Annual report on the lock hospitals of the Madras Presidency
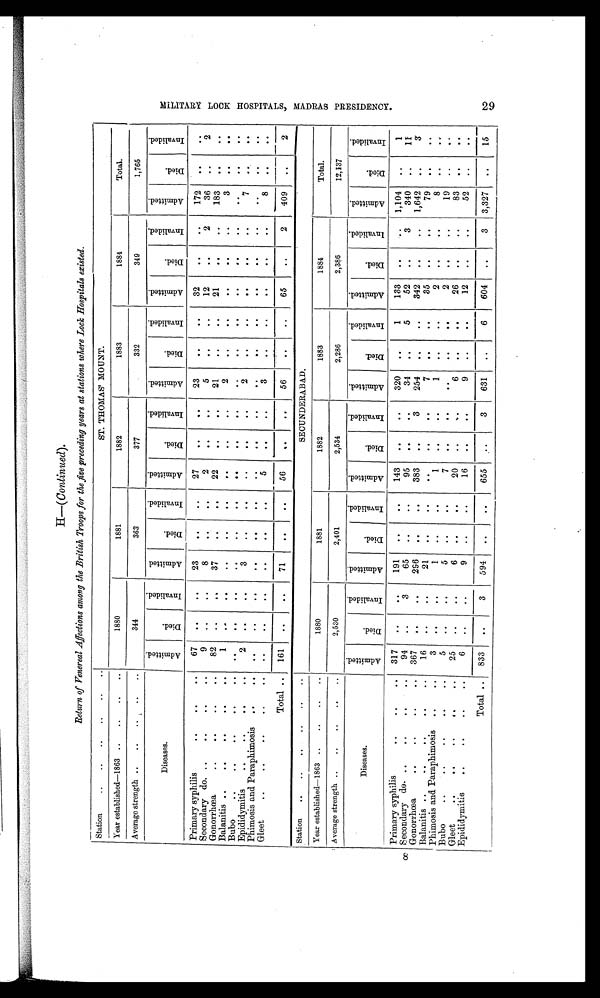
H—(Continued).
Return of Venereal Affections among the British Troops for the five preceding years at stations where Lock Hospitals existed.
Station
..
.. ..
..
..
. .
ST. THOMAS' MOUNT.
Year established—1863 ..
..
..
..
1880
1881
1882
1883
1884
Total.
Average strength ..
..
..
..
..
344
363
377
332
349
1,765
Diseases.
A d m i t t e d .
D i e d .
I n v a l i d e d .
A d m i t t e d .
D i e d .
I n v a l i d e d .
A d m i t t e d .
D i e d .
I n v a l i d e d .
A d m i t t e d .
D i e d .
I n v a l i d e d .
A d m i t t e d .
D i e d .
I n v a l i d e d .
A d m i t t e d .
D i e d .
I n v a l i d e d .
Primary syphilis
..
..
..
67
. .
. .
23
. .
. .
27
. .
. .
23
. .
. .
32
. .
. .
172
. .
. .
Secondary do. ..
..
..
. .
9
..
. .
8
. .
. .
2
. .
. .
5
. .
. .
12
. .
2
36
..
2
Gonorrhœa
..
..
..
..
82
. .
. .
37
..
. .
22
. .
. .
21
. .
..
21
. .
. .
183
. .
. .
Balanitis ..
..
..
..
..
1
. .
. .
. .
. .
. .
. .
. .
. .
2
. .
. .
. .
. .
. .
3
. .
. .
Bubo
..
..
..
..
..
. .
. .
. .
. .
. .
. .
. .
. .
. .
. .
. .
. .
. .
. .
. .
. .
. .
. .
Epididymitis
..
..
..
..
2
. .
. .
3
. .
. .
..
. .
. .
2
. .
..
. .
. .
. .
7
. .
. .
Phimosis and Paraphimosis
..
..
. .
. .
. .
. .
. .
. .
. .
. .
. .
. .
. .
. .
. .
. .
. .
. .
. .
. .
Gleet ..
..
..
..
..
. .
. .
. .
. .
. .
. .
5
. .
..
3
. .
. .
. .
. .
. .
8
. .
. .
Total ..
161
. .
. .
71
. .
. .
56
. .
. .
56
. .
. .
65
. .
2
409
. .
2
Station
..
..
..
..
..
..
SECUNDERABAD.
Year established—1863 ..
..
..
. .
1880
1881
1882
1883
1884
Total.
Average strength ..
..
..
. .
. .
2,530
2,401
2,534
2,286
2,386
12,137
Diseases.
A d m i t t e d .
D i e d .
I n v a l i d e d .
A d m i t t e d .
D i e d .
I n v a l i d e d .
A d m i t t e d .
D i e d .
I n v a l i d e d .
A d m i t t e d .
D i e d .
I n v a l i d e d .
A d m i t t e d .
D i e d .
I n v a l i d e d .
A d m i t t e d .
D i e d .
I n v a l i d e d .
Primary syphilis
.. ..
..
..
317
. .
. .
. .
. .
. .
143
. .
. .
320
. .
1
133
. .
. .
1,104
. .
1
Secondary do.. .. ..
..
..
94
. .
3
65
..
. .
95
. .
..
34
. .
5
52
. .
3
340
. .
11
Gonorrhœa
..
..
.. ..
367
. .
..
296
. .
. .
383
. .
3
254
. .
. .
342
. .
. .
1,642
. .
3
Balanitis ..
..
..
16
. .
. .
21
. .
. .
..
. .
. .
7
..
. .
35
. .
. .
79
. .
. .
Phimosis and Paraphimosis
..
..
3
. .
. .
1
. .
. .
1
. .
. .
1
. .
. .
2
. .
. .
8
. .
. .
Bubo
..
..
..
..
..
5
. .
. .
5
..
. .
7
..
. .
. .
. .
. .
2
. .
. .
19
. .
. .
Gleet
..
.. ..
..
..
2
..
. .
6
. .
..
20
..
..
6
. .
. .
26
. .
. .
83
..
. .
Epiclidymitis
..
..
.. . .
6
. .
. .
9
. .
. .
16
..
. .
9
. .
. .
12
. .
. .
52
. .
. .
Total ..
833
. .
3
594
. .
. .
655
. .
3
631
. .
6
604
. .
3
3,327
. .
15
M I L I T E R Y L O C K H O S P I T A L S , M A D R A S P R E S I D E N C Y .
29